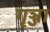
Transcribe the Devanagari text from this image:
गृञ्जा